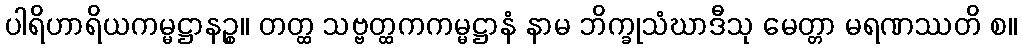
ပါရိဟာရိယကမ္မဋ္ဌာနဉ္စ။ တတ္ထ သဗ္ဗတ္ထကကမ္မဋ္ဌာနံ နာမ ဘိက္ခုသံဃာဒီသု မေတ္တာ မရဏဿတိ စ။